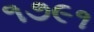
૧૭૯૧